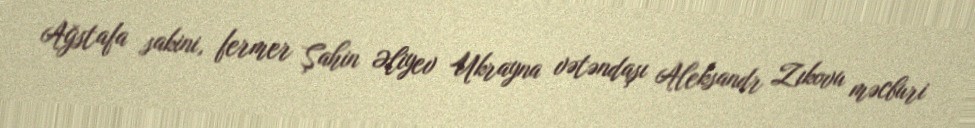
Ağstafa sakini, fermer Şahin Əliyev Ukrayna vətəndaşı Aleksandr Zıkovu məcburi